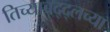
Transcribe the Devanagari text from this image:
तिच्याबद्द्लच्या